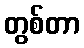
တွစ်တာ